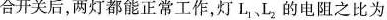
合开关后，两灯都能正常工作，灯L _{1},L_{2}的电阻之比为